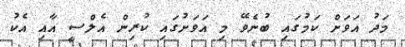
މަދު އަވަށް ކަމުގައި ބުނެވޭ މި އަވަށުގައި ކުރިން އެލްސީ އާއި އެކު